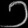
Digit: ၁